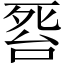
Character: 𱥎